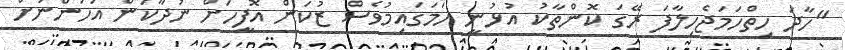
"ހާދަ ހިތްހަމަޖެހިލާފަ ރޭގަ ކޮންތާކު އުޅުނީ ހަމަގައިމުވެސް ޒުކަން އޮފީހަށް ނުދާކަން އަހަންނަށް